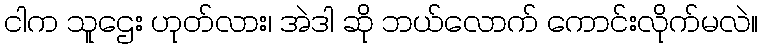
ငါက သူဌေး ဟုတ်လား၊ အဲဒါ ဆို ဘယ်လောက် ကောင်းလိုက်မလဲ။